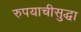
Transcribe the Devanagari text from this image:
रुपयाचीसुद्धा